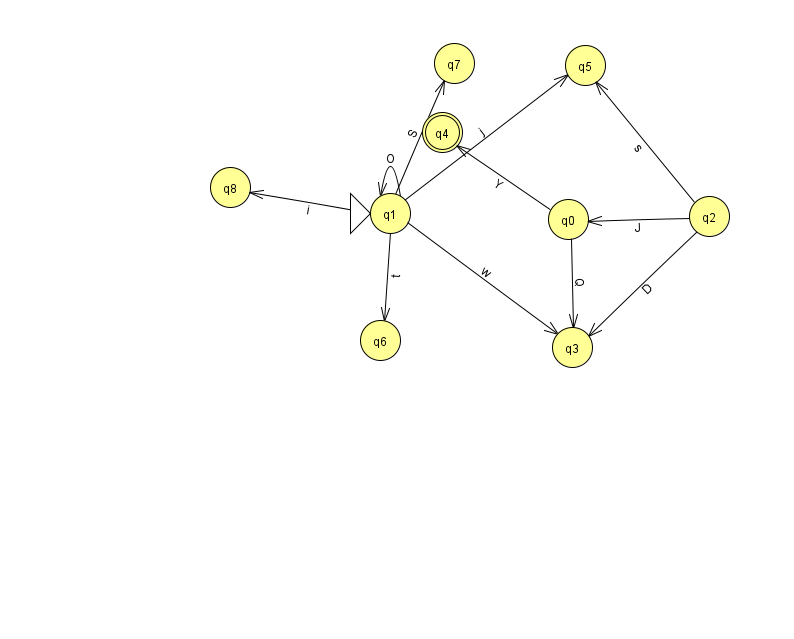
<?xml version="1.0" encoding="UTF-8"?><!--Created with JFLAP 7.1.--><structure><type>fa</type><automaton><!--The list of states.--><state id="0" name="q0"><x>568.0</x><y>206.0</y></state><state id="1" name="q1"><x>390.0</x><y>200.0</y><initial/></state><state id="2" name="q2"><x>709.0</x><y>203.0</y></state><state id="3" name="q3"><x>572.0</x><y>334.0</y></state><state id="4" name="q4"><x>442.0</x><y>119.0</y><final/></state><state id="5" name="q5"><x>585.0</x><y>52.0</y></state><state id="6" name="q6"><x>380.0</x><y>327.0</y></state><state id="7" name="q7"><x>454.0</x><y>50.0</y></state><state id="8" name="q8"><x>230.0</x><y>174.0</y></state><!--The list of transitions.--><transition><from>1</from><to>5</to><read>j</read></transition><transition><from>1</from><to>7</to><read>S</read></transition><transition><from>0</from><to>3</to><read>Q</read></transition><transition><from>1</from><to>3</to><read>w</read></transition><transition><from>1</from><to>8</to><read>i</read></transition><transition><from>2</from><to>3</to><read>D</read></transition><transition><from>2</from><to>5</to><read>s</read></transition><transition><from>1</from><to>6</to><read>t</read></transition><transition><from>0</from><to>4</to><read>Y</read></transition><transition><from>1</from><to>1</to><read>O</read></transition><transition><from>2</from><to>0</to><read>J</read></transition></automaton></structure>